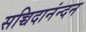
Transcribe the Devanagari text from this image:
सच्चिदानंन्दन